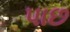
પાછ